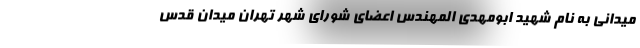
میدانی به نام شهید ابومهدی المهندس اعضای شورای شهر تهران میدان قدس